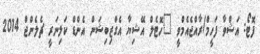
ފޮޓޯ: އަޝްވާ ފަހީމް/ރާއްޖެއެމްވީ "ހޮޓެލް އޭޝިޔާ އެގްޒިބިޝަން އެންޑް ކަލިނަރީ ޗެލެންޖް 2014